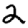
Digit: 2